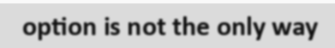
option is not the only way